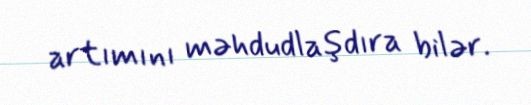
artımını məhdudlaşdıra bilər.